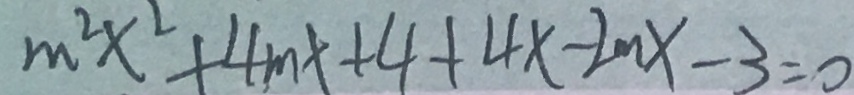
m ^ { 2 } x ^ { 2 } + 4 m x + 4 + 4 x - 2 m x - 3 = 0